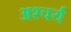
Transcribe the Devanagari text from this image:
अश्चर्य